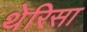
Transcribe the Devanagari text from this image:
थेरिसा